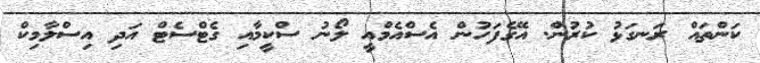
ކަންތައް ރަނގަޅު ކުރުން. އޭގެފަހުން އެސްއެމްއީ ލޯނު ސްކީމާއި ގެޓްސެޓް އަދި އިސްލާމިކް